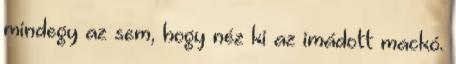
mindegy az sem, hogy néz ki az imádott mackó.